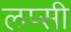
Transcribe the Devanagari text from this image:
लप्सी